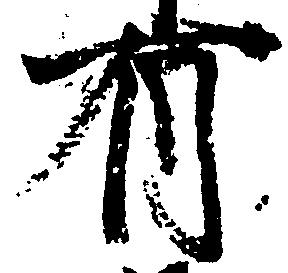
有